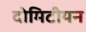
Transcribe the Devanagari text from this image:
दोमिटीयन